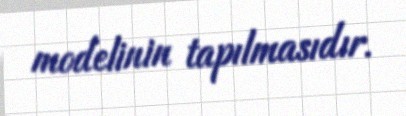
modelinin tapılmasıdır.